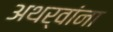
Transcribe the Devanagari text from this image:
अथर्वांना